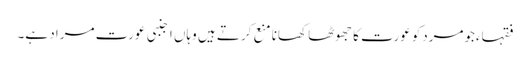
فقہاءجومردکوعورت کا جھوٹھا کھانا منع کرتے ہیں وہاں اجنبی عورت مراد ہے۔